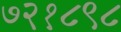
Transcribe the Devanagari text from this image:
७२१८९८